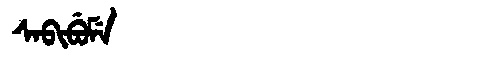
Manchu: ᠰᠠᠪᡳᠪᡠᠮᡝ
Romanization: SABIBUME